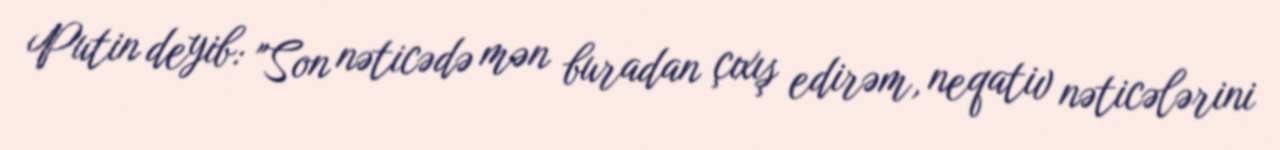
Putin deyib: "Son nəticədə mən buradan çıxış edirəm, neqativ nəticələrini